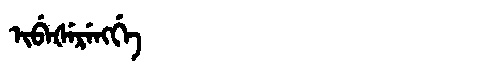
Manchu: ᡳᠪᡝᡧᡝᡵᡝᠩᡤᡝ
Romanization: IBEŠERENGGE